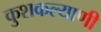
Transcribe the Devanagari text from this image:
कुशकल्याणी